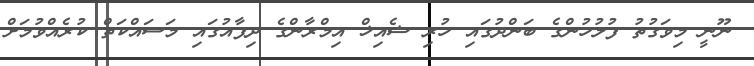
ނޫނީ މިވަގުތު ފުލުހުންގެ ބަންދުގައި ހުރި ޝެއިޚް އިމްރާންގެ ދިފާއުގައި މަސައްކަތް ކުރެއްވުމަށް